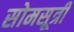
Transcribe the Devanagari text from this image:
सोमसूत्री